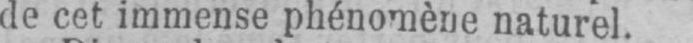
de cet immense phénomène naturel.